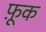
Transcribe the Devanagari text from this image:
फ़ूक